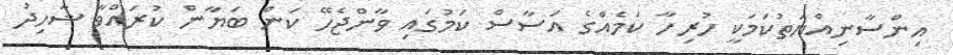
އިންސާނިއްޔަތުކަމަކީ ހުރިހާ ކަމެއްގެ އަސާސް ކަމުގައި ވާންޖެހޭ ކަން ބަޔާން ކުރައްވާ ޝާހިދު